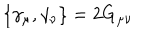
\{ \gamma _ { \mu } , \gamma _ { \nu } \} = 2 G _ { \mu \nu }